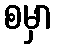
စမှာ